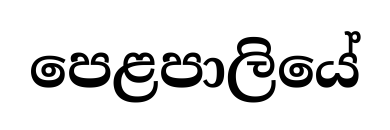
පෙළපාලියේ